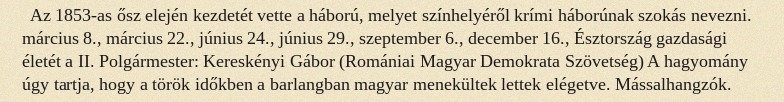
Az 1853-as ősz elején kezdetét vette a háború, melyet színhelyéről krími háborúnak szokás nevezni. március 8., március 22., június 24., június 29., szeptember 6., december 16., Észtország gazdasági életét a II. Polgármester: Kereskényi Gábor (Romániai Magyar Demokrata Szövetség) A hagyomány úgy tartja, hogy a török időkben a barlangban magyar menekültek lettek elégetve. Mássalhangzók.